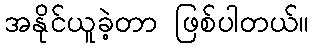
အနိုင်ယူခဲ့တာ ဖြစ်ပါတယ်။